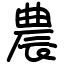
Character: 農